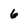
Character: 6